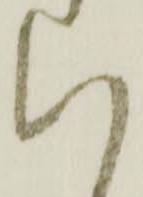
い